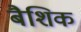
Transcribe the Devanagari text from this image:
बैशिक